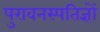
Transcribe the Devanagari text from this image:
पुरावनस्पतिज्ञों